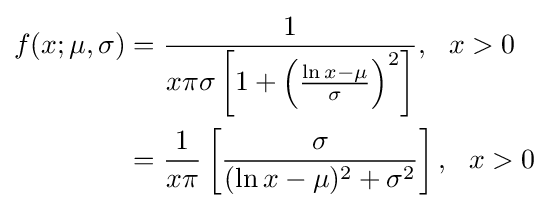
{\begin{aligned}f(x;\mu ,\sigma )&={\frac {1}{x\pi \sigma \left[1+\left({\frac {\ln x-\mu }{\sigma }}\right)^{2}\right]}},\ \ x>0\\&={1 \over x\pi }\left[{\sigma  \over (\ln x-\mu )^{2}+\sigma ^{2}}\right],\ \ x>0\end{aligned}}